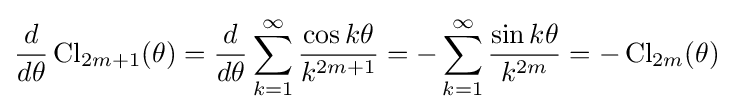
{\frac {d}{d\theta }}\operatorname {Cl} _{2m+1}(\theta )={\frac {d}{d\theta }}\sum _{k=1}^{\infty }{\frac {\cos k\theta }{k^{2m+1}}}=-\sum _{k=1}^{\infty }{\frac {\sin k\theta }{k^{2m}}}=-\operatorname {Cl} _{2m}(\theta )